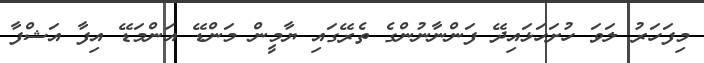
މިފަހަރު ލަވަ ހުށަހަޅައިދޭ ފަންނާނުންގެ ތެރޭގައި ޔާމީން މަންޑޭ އަންމަޑޭ އިފާ އަޝްފާ